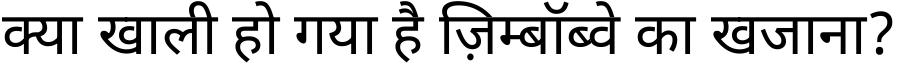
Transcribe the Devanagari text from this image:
क्या खाली हो गया है ज़िम्बॉब्वे का खजाना?